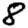
Digit: 8